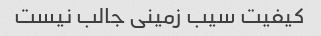
کیفیت سیب زمینی جالب نیست